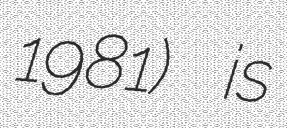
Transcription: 1981) is